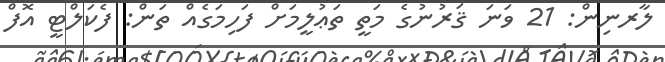
ލާރނިން: 21 ވަނަ ޤަރުނުގެ މަތީ ތަޢުލީމަށް ފަހިމަގެއް ތަން: ފެކަލްޓީ އޮފް